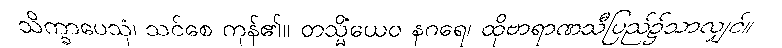
သိက္ခာပေသုံ၊ သင်စေ ကုန်၏။ တသ္မိံယေဝ နဂရေ၊ ထိုဗာရာဏသီပြည်၌သာလျှင်။